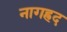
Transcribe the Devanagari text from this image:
नागह्रद